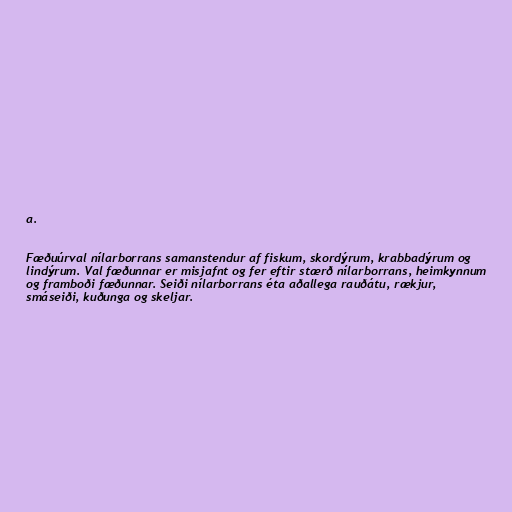
a.

Fæðuúrval nílarborrans samanstendur af fiskum, skordýrum, krabbadýrum og
lindýrum. Val fæðunnar er misjafnt og fer eftir stærð nílarborrans, heimkynnum
og framboði fæðunnar. Seiði nílarborrans éta aðallega rauðátu, rækjur,
smáseiði, kuðunga og skeljar.